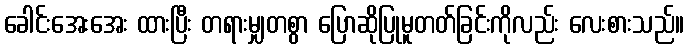
ခေါင်းအေးအေး ထားပြီး တရားမျှတစွာ ပြောဆိုပြုမူတတ်ခြင်းကိုလည်း လေးစားသည်။